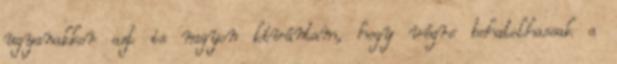
ugyanakkor azt is nagyon kívántam, hogy végre behatolhassak a